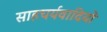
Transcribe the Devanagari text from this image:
साहचर्यवादियों